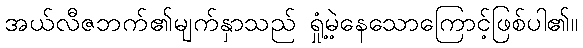
အယ်လီဇဘက်၏မျက်နှာသည် ရှုံ့မဲ့နေသောကြောင့်ဖြစ်ပါ၏။